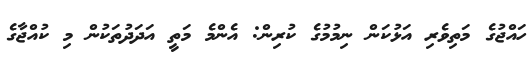
ހައްޖުގެ މަތިވެރި އަޅުކަން ނިމުމުގެ ކުރިން: އެންމެ މަތީ އަދަދުތަކުން މި ކުއްޖާގެ